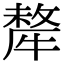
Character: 犛